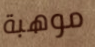
موهبة